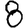
Digit: 8